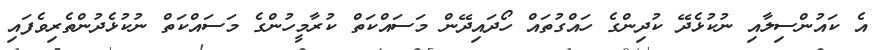
އެ ކައުންސިލާއި ނުކުޅެދޭ ކުދިންގެ ހައްގުތައް ހޯދައިދޭން މަސައްކަތް ކުރާމީހުންގެ މަސައްކަތް ނުކުޅެދުންތެރިވެފައި